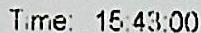
TIME: 15:43:00